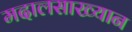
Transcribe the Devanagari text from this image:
मदालसाख्यान